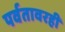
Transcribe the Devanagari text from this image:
पर्वतावरही